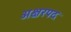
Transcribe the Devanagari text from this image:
अक्षरपद